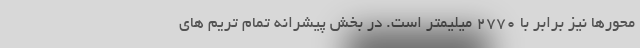
محورها نیز برابر با 2770 میلیمتر است. در بخش پیشرانه تمام تریم های